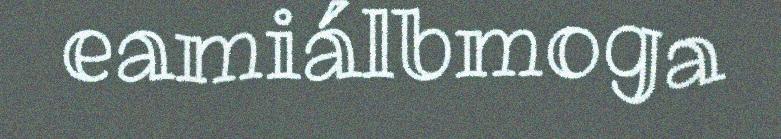
eamiálbmoga